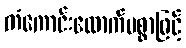
ကံကောင်းထောက်မစွာဖြင့်